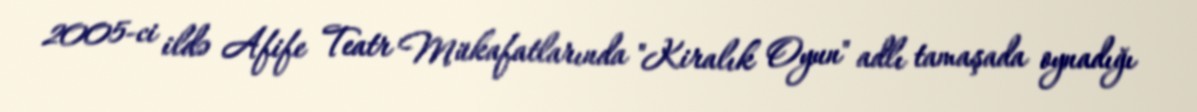
2005-ci ildə Afife Teatr Mükafatlarında "Kiralık Oyun" adlı tamaşada oynadığı